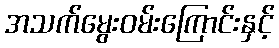
အသက်မွေးဝမ်းကြောင်းနှင့်